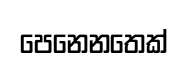
පෙනෙනතෙක්